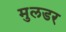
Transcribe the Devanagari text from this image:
मुलडर